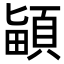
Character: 𩒵